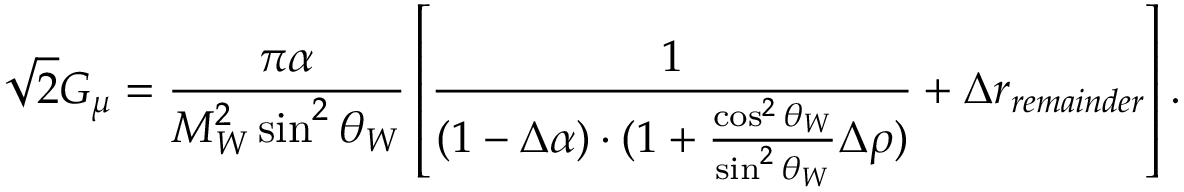
\sqrt { 2 } G _ { \mu } = \frac { \pi \alpha } { M _ { W } ^ { 2 } \sin ^ { 2 } \theta _ { W } } \left[ \frac { 1 } { ( 1 - \Delta \alpha ) \cdot ( 1 + \frac { \cos ^ { 2 } \theta _ { W } } { \sin ^ { 2 } \theta _ { W } } \Delta \rho ) } + \Delta r _ { r e m a i n d e r } \right] .